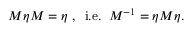
M \eta M = \eta \; , \; \; \mathrm { i . e . } \; \; M ^ { - 1 } = \eta M \eta .